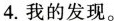
4.我的发现。